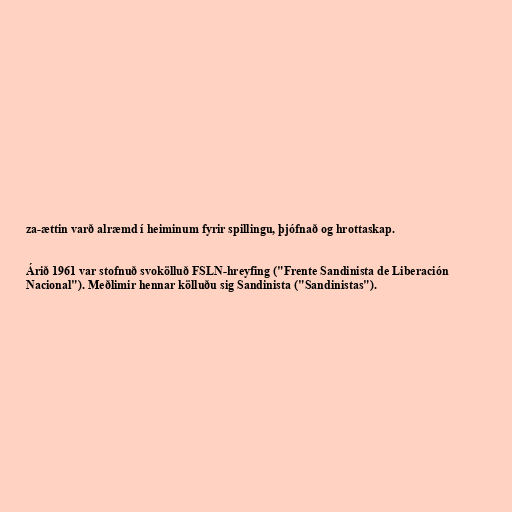
za-ættin varð alræmd í heiminum fyrir spillingu, þjófnað og hrottaskap.

Árið 1961 var stofnuð svokölluð FSLN-hreyfing ("Frente Sandinista de Liberación
Nacional"). Meðlimir hennar kölluðu sig Sandinista ("Sandinistas").